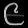
Digit: ၉